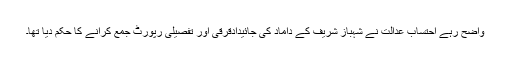
واضح رہے احتساب عدالت نے شہباز شریف کے داماد کی جائیدادقرقی اور تفصیلی رپورٹ جمع کرانے کا حکم دیا تھا۔